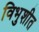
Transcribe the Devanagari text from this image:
विभुशीत